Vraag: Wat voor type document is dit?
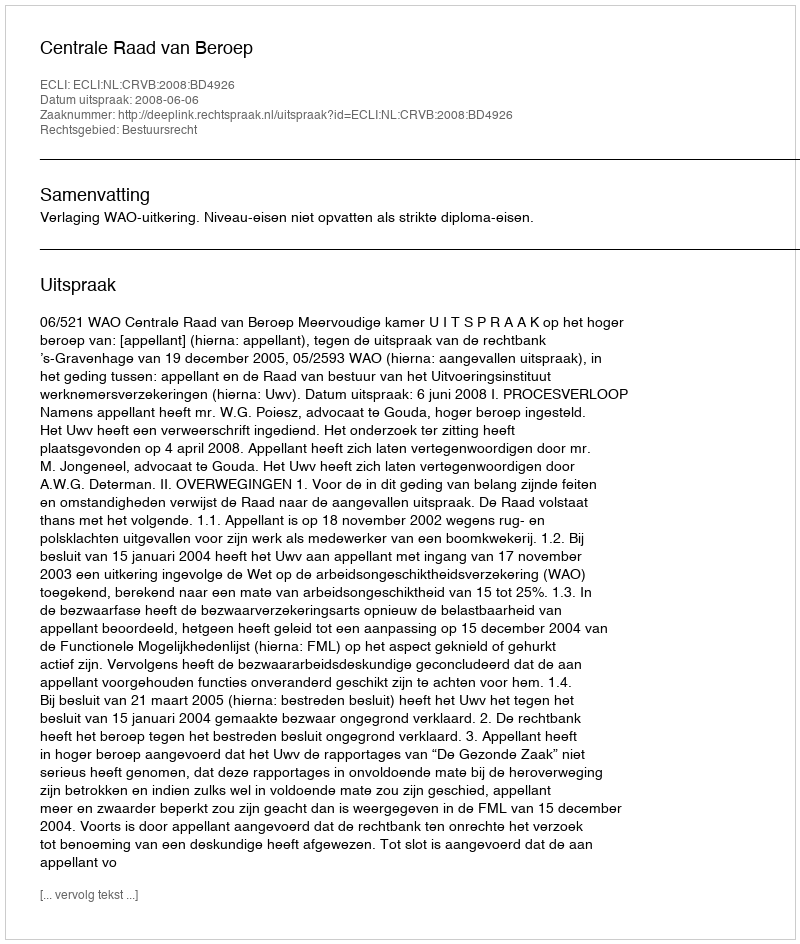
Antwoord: Uitspraak